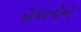
એલરનોએ